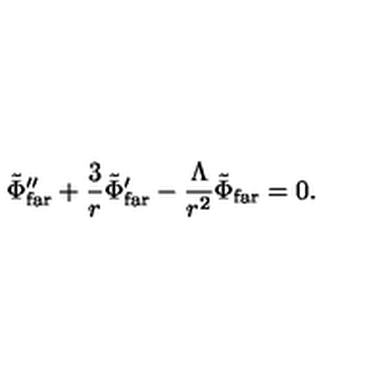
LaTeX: \tilde { \Phi } _ { \mathrm { f a r } } ^ { \prime \prime } + { \frac { 3 } { r } } \tilde { \Phi } _ { \mathrm { f a r } } ^ { \prime } - { \frac { \Lambda } { r ^ { 2 } } } \tilde { \Phi } _ { \mathrm { f a r } } = 0 .